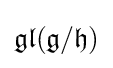
{\mathfrak {gl}}({\mathfrak {g}}/{\mathfrak {h}})